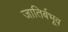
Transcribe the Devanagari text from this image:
जातिर्बभूव